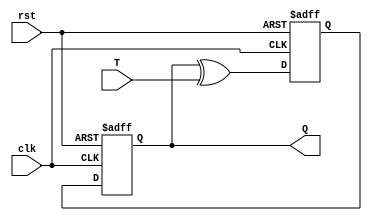
module t_flipflop (
    input wire clk,
    input wire rst,
    input wire T,
    output reg Q
);

reg D;

always @ (posedge clk or posedge rst) begin
    if (rst) begin
        D <= 1'b0;
    end else begin
        D <= Q ^ T;
    end
end

always @ (posedge clk or posedge rst) begin
    if (rst) begin
        Q <= 1'b0;
    end else begin
        Q <= D;
    end
end

endmodule